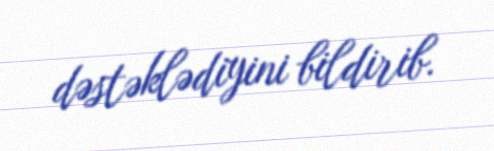
dəstəklədiyini bildirib.